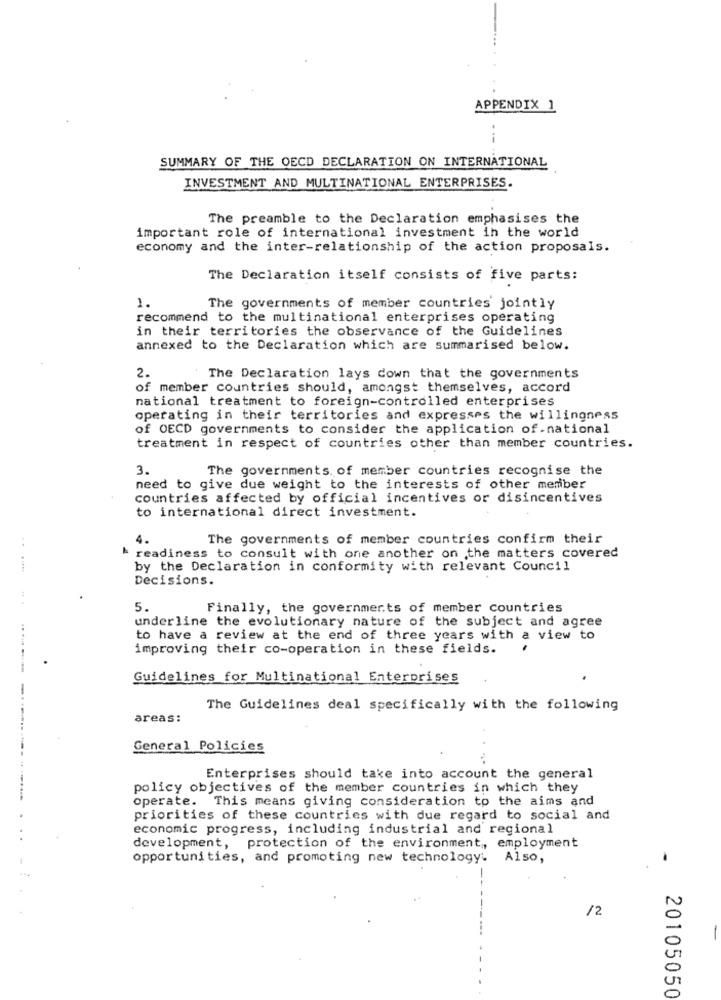
APPENDIX 1
--
SUMMARY OF THE OECD DECLARATION ON INTERNATIONAL
INVESTMENT AND MULTINATIONAL ENTERPRISES.
The preamble to the Declaration emphasises the
important role of international investment in the world
economy and the inter-relationship of the action proposals.
The Declaration itself consists of five parts:
1.
The governments of member countries jointly
recommend to the multinational enterprises operating
in their territories the observance of the Guidelines
annexed to the Declaration which are summarised below.
2.
The Declaration lays down that the governments
of member countries should, amongst themselves, accord
national treatment to foreign-controlled enterprises
operating in their territories and expresses the willingness
of OECD governments to consider the application of-national
treatment in respect of countries other than member countries.
3.
The governments. of member countries recognise the
need to give due weight to the interests of other member
countries affected by official incentives or disincentives
to international direct investment.
4.
The governments of member countries confirm their
& readiness to consult with one another on the matters covered
by the Declaration in conformity with relevant Council
Decisions.
5.
Finally, the governments of member countries
underline the evolutionary nature of the subject and agree
to have a review at the end of three years with a view to
improving their co-operation in these fields.
Guidelines for Multinational Enterprises
The Guidelines deal specifically with the following
areas:
General Policies
Enterprises should take into account the general
policy objectives of the member countries in which they
operate.
This means giving consideration to the aims and
priorities of these countries with due regard to social and
economic progress, including industrial and regional
development, protection of the environment ,, employment
opportunities, and promoting new technology. Also,
/2
20105050